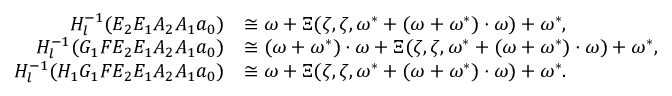
\begin{array} { r l } { H _ { l } ^ { - 1 } ( E _ { 2 } E _ { 1 } A _ { 2 } A _ { 1 } a _ { 0 } ) } & { \cong \omega + \Xi ( \zeta , \zeta , \omega ^ { * } + ( \omega + \omega ^ { * } ) \cdot \omega ) + \omega ^ { * } , } \\ { H _ { l } ^ { - 1 } ( G _ { 1 } F E _ { 2 } E _ { 1 } A _ { 2 } A _ { 1 } a _ { 0 } ) } & { \cong ( \omega + \omega ^ { * } ) \cdot \omega + \Xi ( \zeta , \zeta , \omega ^ { * } + ( \omega + \omega ^ { * } ) \cdot \omega ) + \omega ^ { * } , } \\ { H _ { l } ^ { - 1 } ( H _ { 1 } G _ { 1 } F E _ { 2 } E _ { 1 } A _ { 2 } A _ { 1 } a _ { 0 } ) } & { \cong \omega + \Xi ( \zeta , \zeta , \omega ^ { * } + ( \omega + \omega ^ { * } ) \cdot \omega ) + \omega ^ { * } . } \end{array}